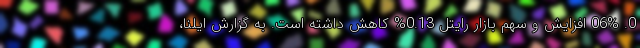
0. 06% افزایش و سهم بازار رایتل 0.13% کاهش داشته است. به گزارش ایلنا،